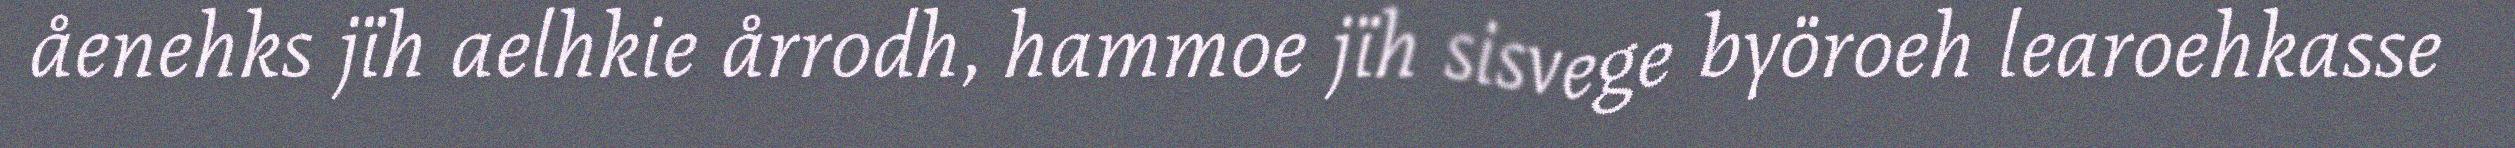
åenehks jïh aelhkie årrodh, hammoe jïh sisvege byöroeh learoehkasse